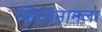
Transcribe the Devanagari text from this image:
व्हिएतनामला